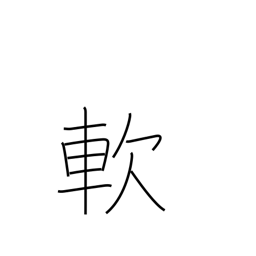
Meaning: soft